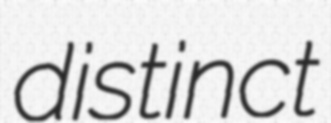
distinct